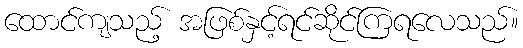
ထောင်ကျသည့် အဖြစ်နှင့်ရင်ဆိုင်ကြရလေသည်။